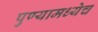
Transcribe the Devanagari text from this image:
पुण्यामध्येच